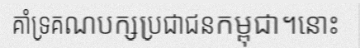
គាំទ្រគណបក្សប្រជាជនកម្ពុជា។នោះ